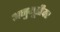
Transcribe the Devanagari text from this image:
अनुभूतीवर